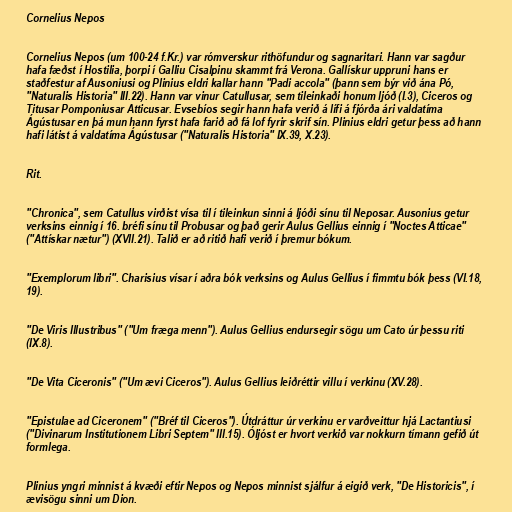
Cornelius Nepos

Cornelius Nepos (um 100-24 f.Kr.) var rómverskur rithöfundur og sagnaritari. Hann var sagður
hafa fæðst í Hostilia, þorpi í Galliu Cisalpinu skammt frá Verona. Gallískur uppruni hans er
staðfestur af Ausoniusi og Plinius eldri kallar hann "Padi accola" (þann sem býr við ána Pó,
"Naturalis Historia" III.22). Hann var vinur Catullusar, sem tileinkaði honum ljóð (I.3), Ciceros og
Titusar Pomponiusar Atticusar. Evsebíos segir hann hafa verið á lífi á fjórða ári valdatíma
Ágústusar en þá mun hann fyrst hafa farið að fá lof fyrir skrif sín. Plinius eldri getur þess að hann
hafi látist á valdatíma Ágústusar ("Naturalis Historia" IX.39, X.23).

Rit.

"Chronica", sem Catullus virðist vísa til í tileinkun sinni á ljóði sínu til Neposar. Ausonius getur
verksins einnig í 16. bréfi sínu til Probusar og það gerir Aulus Gellius einnig í "Noctes Atticae"
("Attískar nætur") (XVII.21). Talið er að ritið hafi verið í þremur bókum.

"Exemplorum libri". Charisius vísar í aðra bók verksins og Aulus Gellius í fimmtu bók þess (VI.18,
19).

"De Viris Illustribus" ("Um fræga menn"). Aulus Gellius endursegir sögu um Cato úr þessu riti
(IX.8).

"De Vita Ciceronis" ("Um ævi Ciceros"). Aulus Gellius leiðréttir villu í verkinu (XV.28).

"Epistulae ad Ciceronem" ("Bréf til Ciceros"). Útdráttur úr verkinu er varðveittur hjá Lactantiusi
("Divinarum Institutionem Libri Septem" III.15). Óljóst er hvort verkið var nokkurn tímann gefið út
formlega.

Plinius yngri minnist á kvæði eftir Nepos og Nepos minnist sjálfur á eigið verk, "De Historicis", í
ævisögu sinni um Dion.